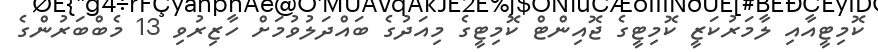
ކޮމިޓީއާއި ލާމަރުކަޒީ ކޮމިޓީގެ ޖޮއިންޓް ކޮމިޓީގެ މިއަދުގެ ބައްދަލުވުމަށް ހާޒިރުވި 13 މެބްބަރުންގެ